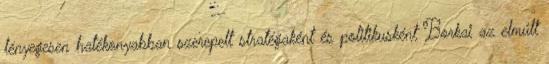
lényegesen hatékonyabban szerepelt stratégaként és politikusként Borkai az elmúlt